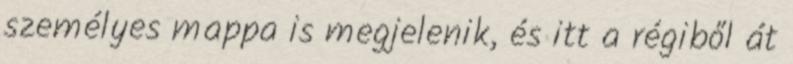
személyes mappa is megjelenik, és itt a régiből át